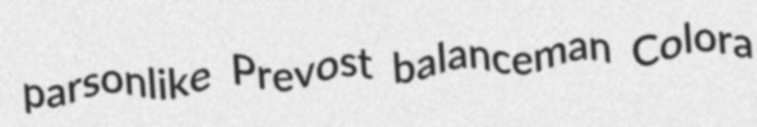
parsonlike Prevost balanceman Colora